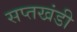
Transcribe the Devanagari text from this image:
सप्तखंडी